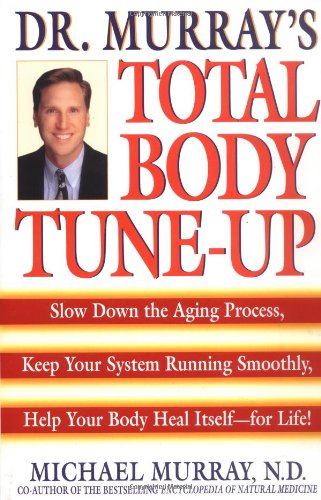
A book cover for Doctor Murray's Total Body Tune-Up: Slow Down the Aging Process, Keep Your System Running Smoothly, Help Your Body Heal Itself--for Life!; Michael Murray; Health, Fitness & Dieting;